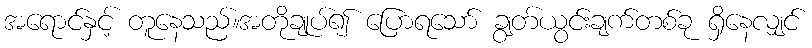
အရောင်နှင့် တူနေသည်။အတိုချုပ်၍ ပြောရသော် ချွတ်ယွင်းချက်တစ်ခု ရှိနေလျှင်